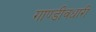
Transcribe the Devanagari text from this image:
गाण्डीवधारी